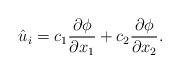
LaTeX: \begin{align*}\hat{u}_i=c_1\frac{\partial \phi}{\partial x_1}+c_2\frac{\partial \phi}{\partial x_2}.\end{align*}